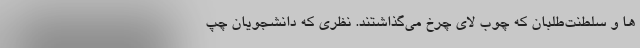
ها و سلطنت‌طلبان که چوب لای چرخ می‌گذاشتند. نظری که دانشجویان چپ